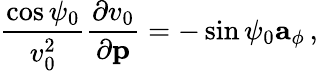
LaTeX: \frac{\cos\psi_{0}}{v_{0}^{2}}\frac{\partial v_{0}}{\partial{\mathbf p}}=-\sin\psi_{0}{\mathbf a}_{\phi}\, ,